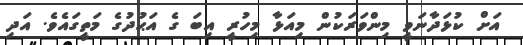
އަށް ކުޅަދާނަވީ މިންވަރަކުން މިއަޅާ މިހުރީ އިބަ ގެ އަޙުދުގެ މަތީގައެވެ. އަދި